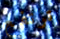
ترتفع